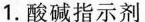
1. 酸碱指示剂